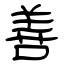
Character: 善